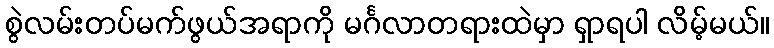
စွဲလမ်းတပ်မက်ဖွယ်အရာကို မင်္ဂလာတရားထဲမှာ ရှာရပါ လိမ့်မယ်။